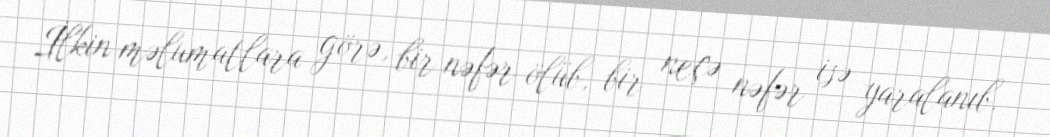
İlkin məlumatlara görə, bir nəfər ölüb, bir neçə nəfər isə yaralanıb.